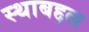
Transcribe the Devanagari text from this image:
स्थाबद्दल